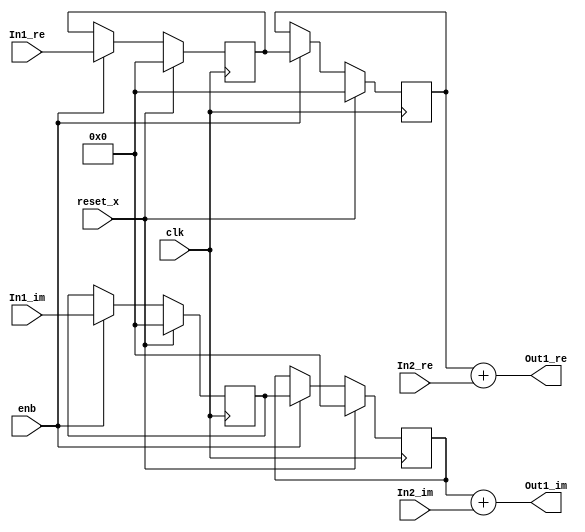
// -------------------------------------------------------------
// 
// 
// Generated by MATLAB 9.8 and HDL Coder 3.16
// 
// -------------------------------------------------------------


// -------------------------------------------------------------
// 
// Module: Complex_Sum_block20
// Source Path: newhope_cambios/FDHT/DFT/DFT5/DFT5-column 1/DFT5-2/Complex-Sum
// Hierarchy Level: 5
// 
// -------------------------------------------------------------

`timescale 1 ns / 1 ns

module Complex_Sum_block20
          (clk,
           reset_x,
           enb,
           In1_re,
           In1_im,
           In2_re,
           In2_im,
           Out1_re,
           Out1_im);


  input   clk;
  input   reset_x;
  input   enb;
  input   signed [36:0] In1_re;  // sfix37_En22
  input   signed [36:0] In1_im;  // sfix37_En22
  input   signed [36:0] In2_re;  // sfix37_En22
  input   signed [36:0] In2_im;  // sfix37_En22
  output  signed [36:0] Out1_re;  // sfix37_En22
  output  signed [36:0] Out1_im;  // sfix37_En22


  reg signed [36:0] delayMatch_reg [0:1];  // sfix37 [2]
  wire signed [36:0] delayMatch_reg_next [0:1];  // sfix37_En22 [2]
  wire signed [36:0] Complex_to_Real_Imag1_out1;  // sfix37_En22
  wire signed [36:0] Sum_out1;  // sfix37_En22
  reg signed [36:0] delayMatch1_reg [0:1];  // sfix37 [2]
  wire signed [36:0] delayMatch1_reg_next [0:1];  // sfix37_En22 [2]
  wire signed [36:0] Complex_to_Real_Imag1_out2;  // sfix37_En22
  wire signed [36:0] Sum1_out1;  // sfix37_En22


  always @(posedge clk)
    begin : delayMatch_process
      if (reset_x == 1'b1) begin
        delayMatch_reg[0] <= 37'sh0000000000;
        delayMatch_reg[1] <= 37'sh0000000000;
      end
      else begin
        if (enb) begin
          delayMatch_reg[0] <= delayMatch_reg_next[0];
          delayMatch_reg[1] <= delayMatch_reg_next[1];
        end
      end
    end

  assign Complex_to_Real_Imag1_out1 = delayMatch_reg[1];
  assign delayMatch_reg_next[0] = In1_re;
  assign delayMatch_reg_next[1] = delayMatch_reg[0];



  assign Sum_out1 = Complex_to_Real_Imag1_out1 + In2_re;



  assign Out1_re = Sum_out1;

  always @(posedge clk)
    begin : delayMatch1_process
      if (reset_x == 1'b1) begin
        delayMatch1_reg[0] <= 37'sh0000000000;
        delayMatch1_reg[1] <= 37'sh0000000000;
      end
      else begin
        if (enb) begin
          delayMatch1_reg[0] <= delayMatch1_reg_next[0];
          delayMatch1_reg[1] <= delayMatch1_reg_next[1];
        end
      end
    end

  assign Complex_to_Real_Imag1_out2 = delayMatch1_reg[1];
  assign delayMatch1_reg_next[0] = In1_im;
  assign delayMatch1_reg_next[1] = delayMatch1_reg[0];



  assign Sum1_out1 = Complex_to_Real_Imag1_out2 + In2_im;



  assign Out1_im = Sum1_out1;

endmodule  // Complex_Sum_block20